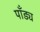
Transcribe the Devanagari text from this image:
पाँड्य